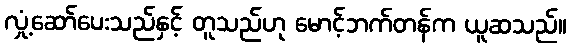
လှုံ့ဆော်ပေးသည်နှင့် တူသည်ဟု မောင့်ဘက်တန်က ယူဆသည်။